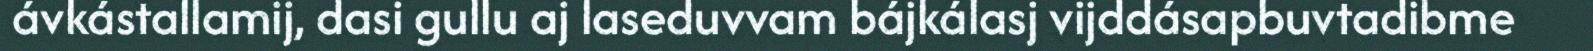
ávkástallamij, dasi gullu aj laseduvvam bájkálasj vijddásapbuvtadibme